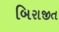
બિરાજીત